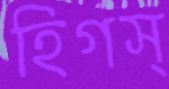
হিগস্